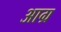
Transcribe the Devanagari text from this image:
आग्र